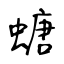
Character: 螗